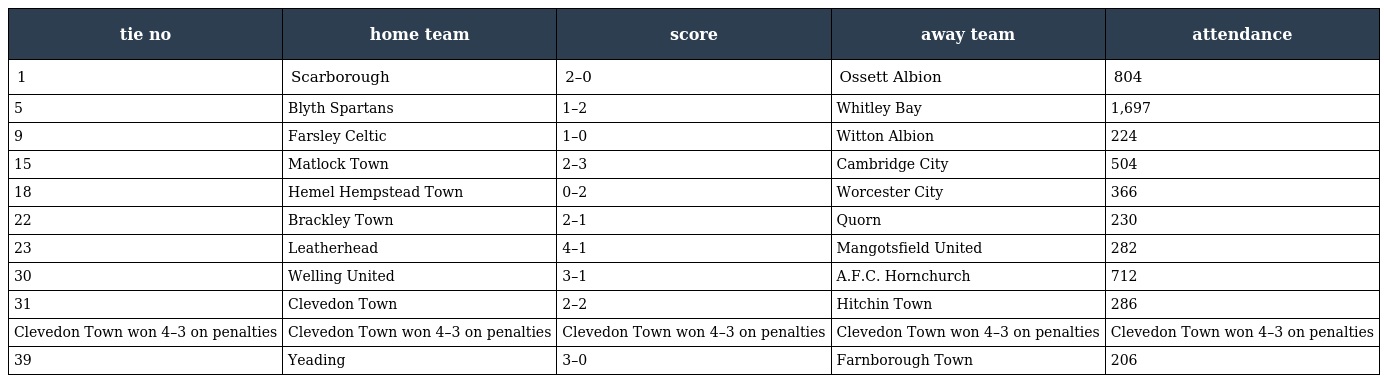
| tie no | home team | score | away team | attendance |
 | --- | --- | --- | --- | --- |
 | 1 | Scarborough | 2–0 | Ossett Albion | 804 |
 | 5 | Blyth Spartans | 1–2 | Whitley Bay | 1,697 |
 | 9 | Farsley Celtic | 1–0 | Witton Albion | 224 |
 | 15 | Matlock Town | 2–3 | Cambridge City | 504 |
 | 18 | Hemel Hempstead Town | 0–2 | Worcester City | 366 |
 | 22 | Brackley Town | 2–1 | Quorn | 230 |
 | 23 | Leatherhead | 4–1 | Mangotsfield United | 282 |
 | 30 | Welling United | 3–1 | A.F.C. Hornchurch | 712 |
 | 31 | Clevedon Town | 2–2 | Hitchin Town | 286 |
 | Clevedon Town won 4–3 on penalties | Clevedon Town won 4–3 on penalties | Clevedon Town won 4–3 on penalties | Clevedon Town won 4–3 on penalties | Clevedon Town won 4–3 on penalties |
 | 39 | Yeading | 3–0 | Farnborough Town | 206 |